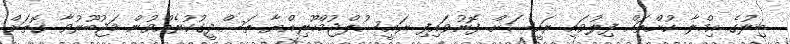
ބިލުގެ އިމްލާ ކުށްތައް ފިލުވައި ރައީސަށް ފޮނުވައިފި ރައީސުލްޖުމްހޫރިއްޔާ ތަސްދީގުކުރެއްވުން މަޖުބޫރުވާ ގޮތަށް